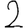
Digit: 2